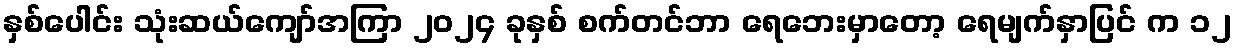
နှစ်ပေါင်း သုံးဆယ်ကျော်အကြာ ၂၀၂၄ ခုနှစ် စက်တင်ဘာ ရေဘေးမှာတော့ ရေမျက်နှာပြင် က ၁၂